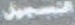
تسجیل